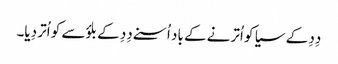
دِدِ کے سیا کو اُترنے کے باد اُسنے دِدِ کے بلؤسے کو اُتر دِیا۔